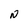
Character: N